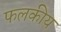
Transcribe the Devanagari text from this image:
फलकीय